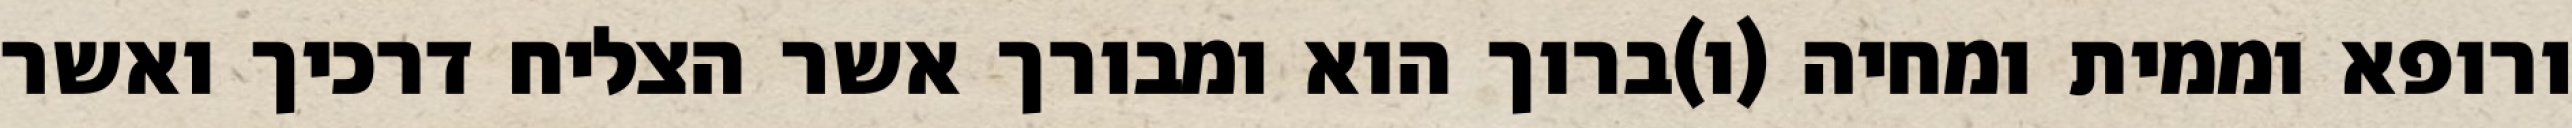
ורופא וממית ומחיה (ו)ברוך הוא ומבורך אשר הצליח דרכיך ואשר